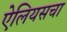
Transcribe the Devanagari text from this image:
ऐलियसचा